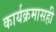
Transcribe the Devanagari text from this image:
कार्यक्रमासही